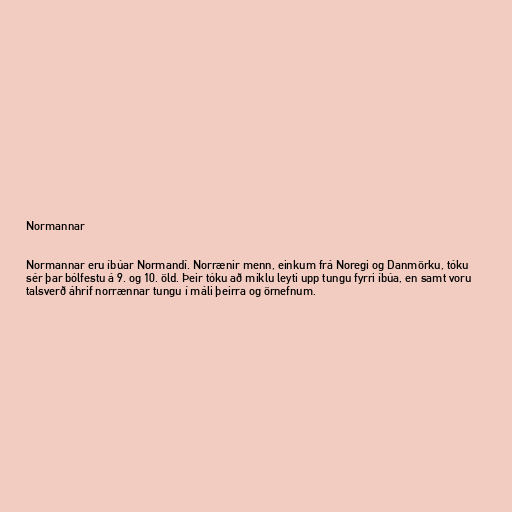
Normannar

Normannar eru íbúar Normandí. Norrænir menn, einkum frá Noregi og Danmörku, tóku
sér þar bólfestu á 9. og 10. öld. Þeir tóku að miklu leyti upp tungu fyrri íbúa, en samt voru
talsverð áhrif norrænnar tungu í máli þeirra og örnefnum.